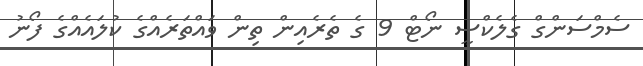
ސެމްސަންގް ގެލެކްސީ ނޯޓް 9 ގެ ތެރެއިން ތިން ވައްތަރެއްގެ ކުލައެއްގެ ފޯނު